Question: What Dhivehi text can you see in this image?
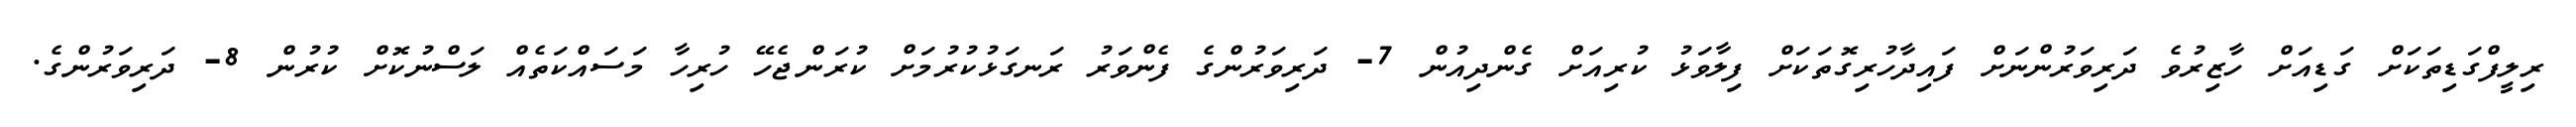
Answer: ރިލީފްގަޑިތަކަށް ގަޑިއަށް ހާޒިރުވެ ދަރިވަރުންނަށް ފައިދާހުރިގޮތަކަށް ފިލާވަޅު ކުރިއަށް ގެންދިއުން 7- ދަރިވަރުންގެ ފެންވަރު ރަނގަޅުކުރުމަށް ކުރަންޖެހޭ ހުރިހާ މަސައްކަތެއް ލަސްނުކޮށް ކުރުން 8- ދަރިވަރުންގެ.